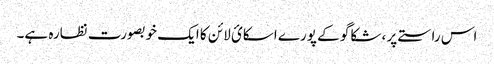
اس راستے پر ، شکاگو کے پورے اسکائ لائن کا ایک خوبصورت نظارہ ہے۔